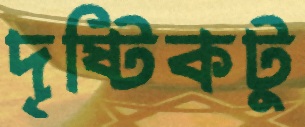
দৃষ্টিকটু